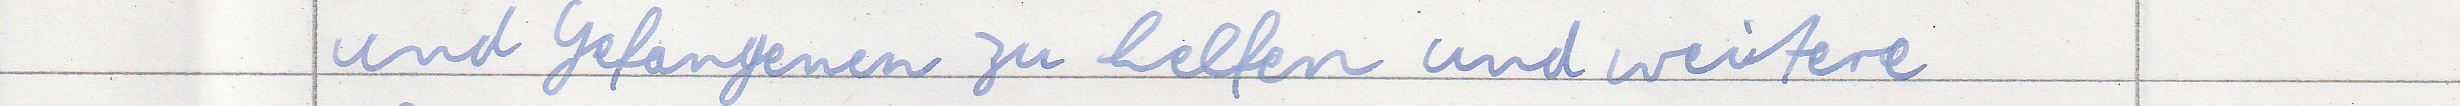
und Gefangenen zu helfen und weitere